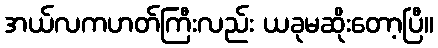
အယ်လကဟတ်ကြီးလည်း ယခုမဆိုးတော့ပြီ။